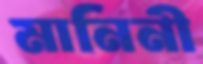
মানিনী